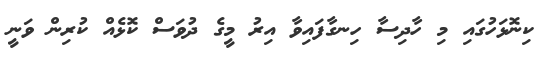
ކިނޮޅަހުގައި މި ހާދިސާ ހިނގާފައިވާ އިރު މީގެ ދުވަސް ކޮޅެއް ކުރިން ވަނީ